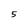
Character: 5